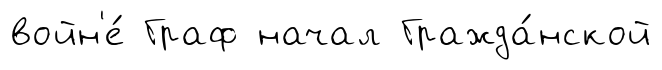
войн'е́ Граф начал Гражда́нской